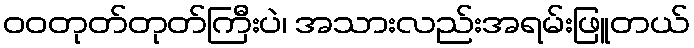
ဝဝတုတ်တုတ်ကြီးပဲ၊ အသားလည်းအရမ်းဖြူတယ်